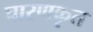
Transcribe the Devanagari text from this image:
चारणकृत